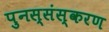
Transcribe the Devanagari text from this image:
पुनस्संस्करण